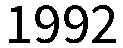
1992